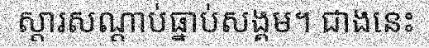
ស្តារសណ្តាប់ធ្នាប់សង្គម។ ជាងនេះ